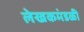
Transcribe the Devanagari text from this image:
लेखकमंडळी